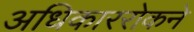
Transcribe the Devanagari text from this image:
अधिकाररोकने